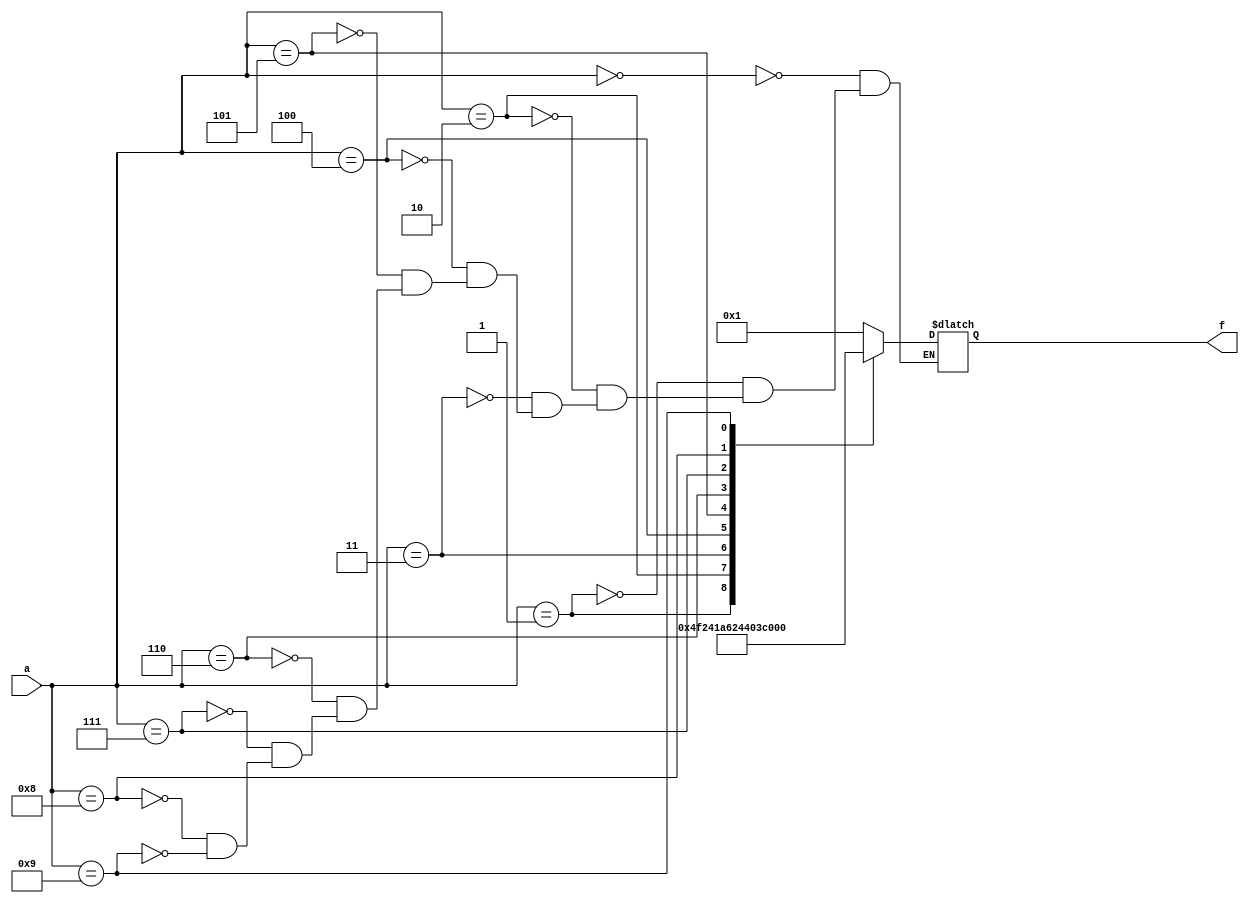
// This program was cloned from: https://github.com/matthewdelorenzo/CreativEval
// License: BSD 3-Clause "New" or "Revised" License

module top(f, a);	//bcd to 7segment decoder
						//** the design is for ACTIVE LOW 7 segment
/*
7 segment view
	----a----		Pin		Segment
   |         |		1		e
   |         |		2		d
   f         b		3		common anode
   |         |		4		c
    ----g----		5		dot point
   |         |		6		b
   e         c		7		a
   |         |		8		common anode
   |         |		9		f
    ----d----		10		g
    
    =====================================
            OUTPUT OF THIS CODE
    =====================================
    f[6] = a	f[5] = b	f[4] = c
    f[3] = d	f[2] = e	f[1] = f
				f[0]= g
*/
	input [3:0] a; //bcd number
	output [6:0] f;
	reg [6:0] f;
	always@(*)
	begin
		case (a)
			0: f = 7'b0000001;
			1: f = 7'b1001111;
			2: f = 7'b0010010;
			3: f = 7'b0000110;
			4: f = 7'b1001100;
			5: f = 7'b0100100;
			6: f = 7'b0100000;
			7: f = 7'b0001111;
			8: f = 7'b0000000;
			9: f = 7'b0000100;
		endcase
	end
endmodule